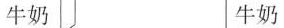
牛奶 牛奶